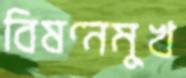
বিষণ্নমুখ